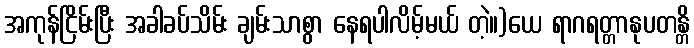
အကုန်ငြိမ်းပြီး အခါခပ်သိမ်း ချမ်းသာစွာ နေရပါလိမ့်မယ် တဲ့။)ယေ ရာဂရတ္တာနုပတန္တိ